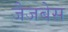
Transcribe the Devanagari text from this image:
जैजबेस